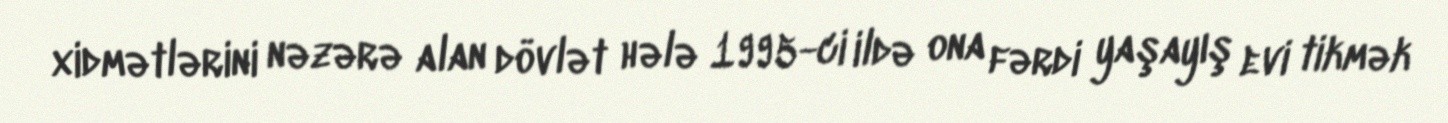
xidmətlərini nəzərə alan dövlət hələ 1995-ci ildə ona fərdi yaşayış evi tikmək